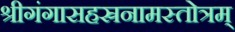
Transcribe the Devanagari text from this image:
श्रीगंगासहस्रनामस्तोत्रम्